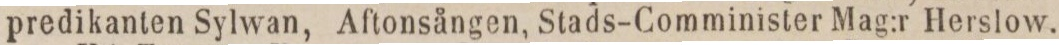
predikanten Sylwan, Aftonsången, Stads-Comminister Mag:r Herslow.